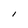
Character: l